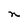
Character: n